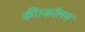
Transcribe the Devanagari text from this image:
की।कॉलम